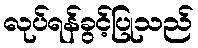
လုပ်ရန်ခွင့်ပြုသည်